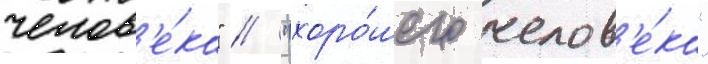
челов'е́ка" / "хоро́шего челов'е́ка"